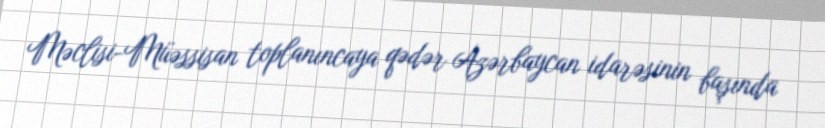
Məclisi-Müəssisan toplanıncaya qədər Azərbaycan idarəsinin başında